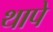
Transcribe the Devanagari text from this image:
थापे